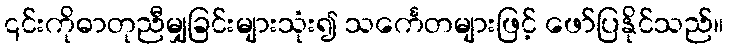
၎င်းကိုဓာတုညီမျှခြင်းများသုံး၍ သင်္ကေတများဖြင့် ဖော်ပြနိုင်သည်။